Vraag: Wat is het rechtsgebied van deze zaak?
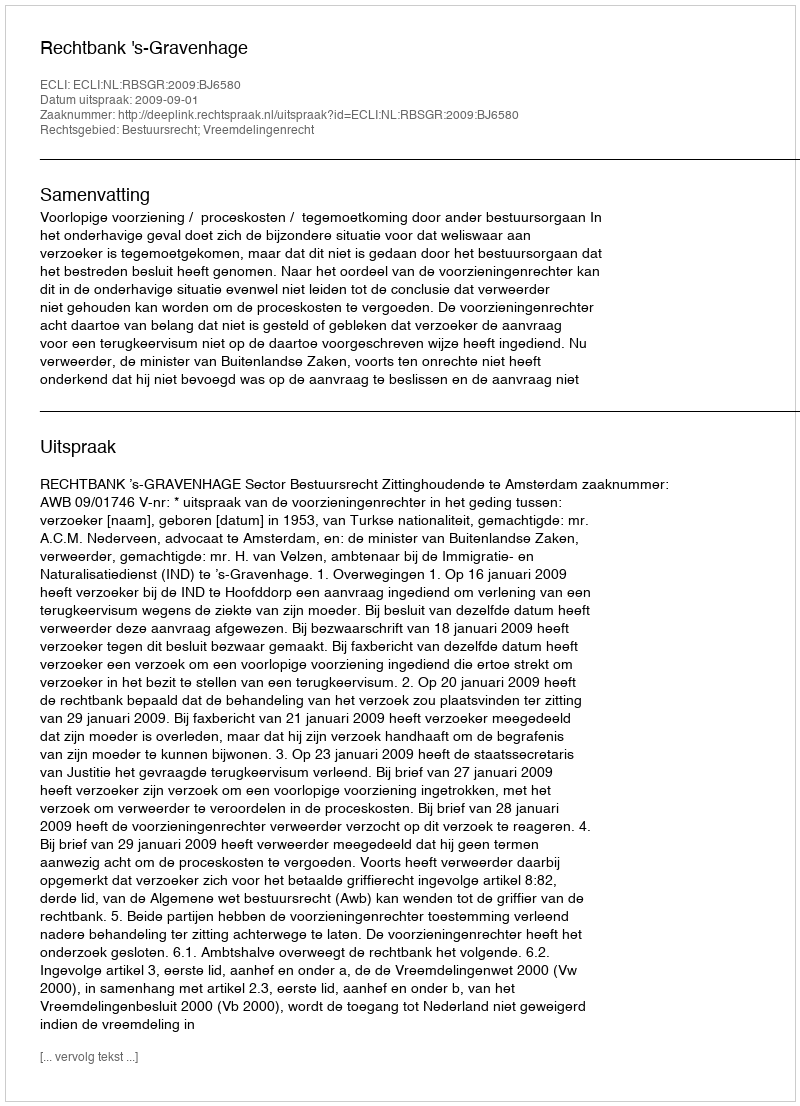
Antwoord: Bestuursrecht; Vreemdelingenrecht